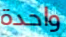
واحدة